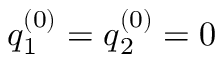
\boldsymbol { q } _ { 1 } ^ { ( 0 ) } = \boldsymbol { q } _ { 2 } ^ { ( 0 ) } = 0